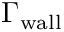
\Gamma _ { \mathrm { w a l l } }